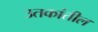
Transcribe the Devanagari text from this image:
उतकांतील